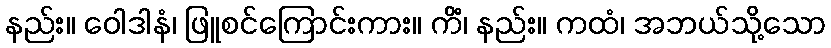
နည်း။ ဝေါဒါနံ၊ ဖြူစင်ကြောင်းကား။ ကိံ၊ နည်း။ ကထံ၊ အဘယ်သို့သော